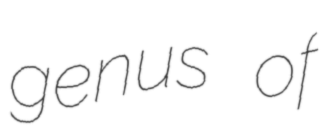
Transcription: genus of